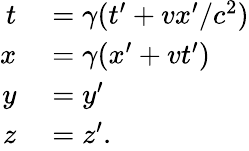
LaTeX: \begin{array}{rl}{t}&{{}=\gamma(t^{\prime}+vx^{\prime}/c^{2})}\\ {x}&{{}=\gamma(x^{\prime}+vt^{\prime})}\\ {y}&{{}=y^{\prime}}\\ {z}&{{}=z^{\prime}.}\end{array}